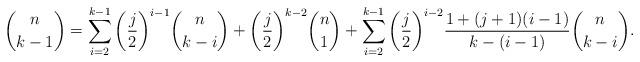
LaTeX: \begin{align*}\binom{n}{k-1}=\sum_{i=2}^{k-1}{\left(\frac{j}{2}\right)}^{i-1}\binom{n}{k-i}+{\left(\frac{j}{2}\right)}^{k-2}\binom{n}{1}+\sum_{i=2}^{k-1}{\left(\frac{j}{2}\right)}^{i-2}\frac{1+{\left(j+1\right)} {\left(i-1\right)}}{k-{\left(i-1\right)}}\binom{n}{k-i}.\end{align*}